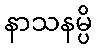
နာသနမ္ပိ